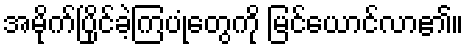
အမိုက်ပြိုင်ခဲ့ကြပုံတွေကို မြင်ယောင်လာ၏။